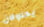
يحاولان